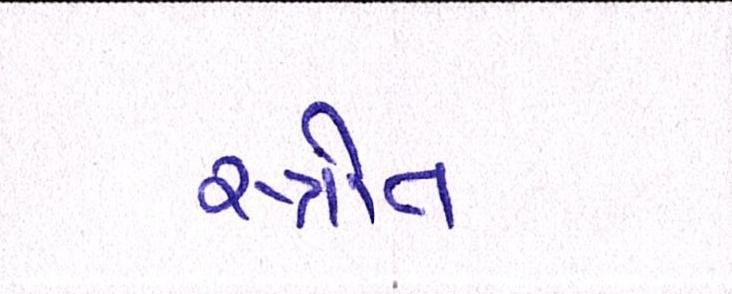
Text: સ્ત્રોત